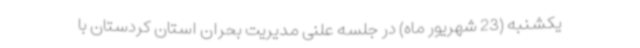
یکشنبه (23 شهریور ماه) در جلسه علنی مدیریت بحران استان کردستان با